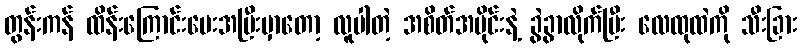
တွန်းကန် ထိန်းကြောင်းပေးအပြီးမှာတော့ လူပါတဲ့ အစိတ်အပိုင်းနဲ့ ခွဲခွာလိုက်ပြီး လေထုထဲကို သီးခြား